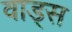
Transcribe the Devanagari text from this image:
वाड्स